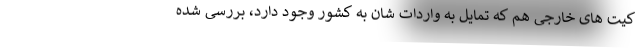
کیت های خارجی هم که تمایل به واردات شان به کشور وجود دارد، بررسی شده